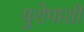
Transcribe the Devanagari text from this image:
युरोपाशी